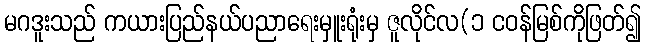
မဂဒူးသည် ကယားပြည်နယ်ပညာရေးမှူးရုံးမှ ဇူလိုင်လ(၁ ငဝန်မြစ်ကိုဖြတ်၍